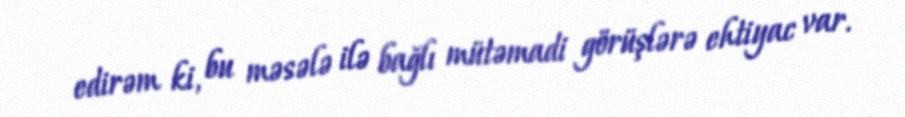
edirəm ki, bu məsələ ilə bağlı mütəmadi görüşlərə ehtiyac var.